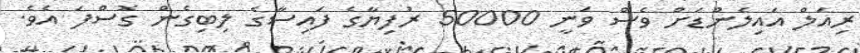
ރިއަލް އައިލެންޑަށް ވެސް ވަނީ 50000 ރުފިޔާގެ ފައިސާގެ ލިބިގެން ގޮސްފަ އެވެ.